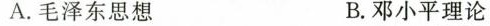
A.毛泽东思想 B.邓小平理论